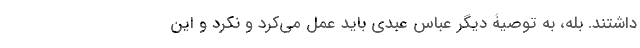
داشتند. بله، به توصیۀ دیگر عباس عبدی باید عمل می‌کرد و نکرد و این